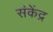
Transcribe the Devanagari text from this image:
संकेंद्र